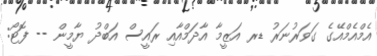
އެމްއެމްއޭގެ ގަވަރުނަރު ޑރ އަޒީމާ އާދަމްއާއި ރައީސް އަބްދު ޔާމީން -- ފޮޓޯ: